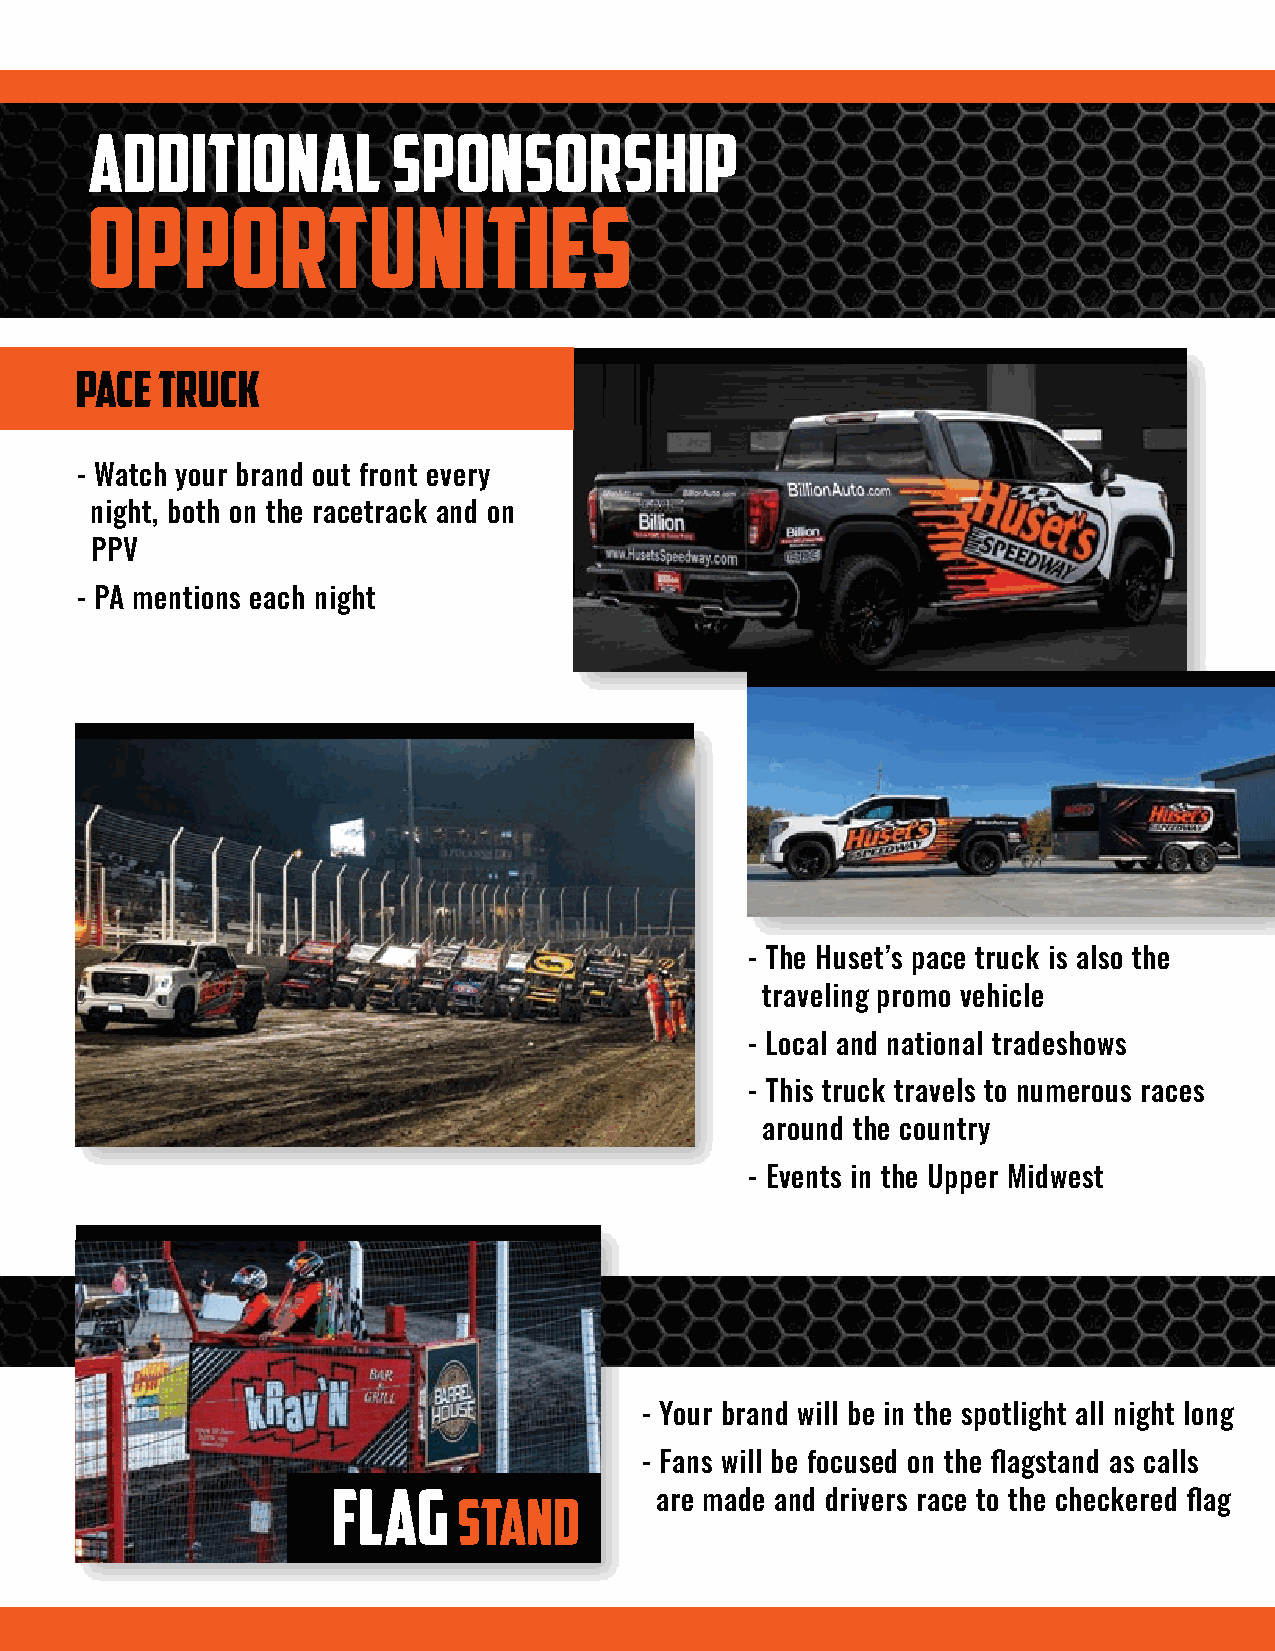
additional          sponsorship                                                                                   additional          sponsorship
 opportunities                                                                                                            opportunities
 Pace  truck
 - Watch your brand out front every
 night, both on the racetrack and on
 PPV
 - PA mentions each night
 victory
 lane
 - Make your business a winner every night
 - Photo ops for winners in all 3 divisions nightly
 - The Huset’s pace truck is also the                                        - Local and national exposure with PPV coverage
 traveling promo vehicle
 on a weekly basis
 - Local and national tradeshows
 - PA reads
 - This truck travels to numerous races
 around the country
 - Events in the Upper Midwest
 caution
 flag sponsor
 - A break in the racing action will bring
 light to your brand as the caution flag
 - Your brand will be in the spotlight all night long
 is displayed on the big screens
 - Fans will be focused on the flagstand as calls
 - PA reads (Caution flags are displayed
 flag                 are made and drivers race to the checkered flag
 stand                                                        on average 20 times per night and
 last from 30 seconds to 5 minutes)